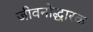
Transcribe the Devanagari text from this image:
जीवनोद्धारक